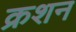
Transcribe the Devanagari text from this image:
क्रशन